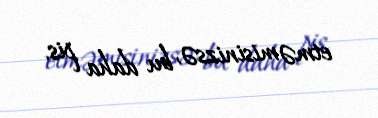
etməmisinizsə, bu daha pis.